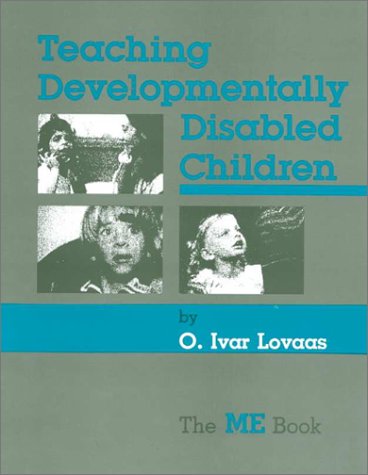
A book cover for Teaching Developmentally Disabled Children: The Me Book; O. Ivar Lovaas; Health, Fitness & Dieting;